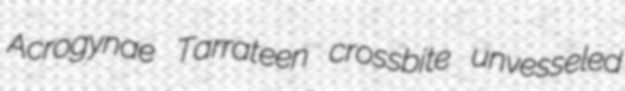
Acrogynae Tarrateen crossbite unvesseled